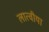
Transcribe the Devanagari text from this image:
लात्वीया